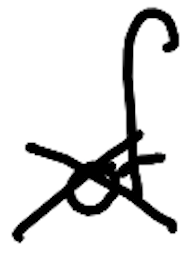
Text: of
Cross-out: cross
Writing tool: digital_black